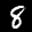
Label: 8